Civil Veterinary Department Bihar & Orissa reports 1911-21 - 1911-1921
Year: 1911
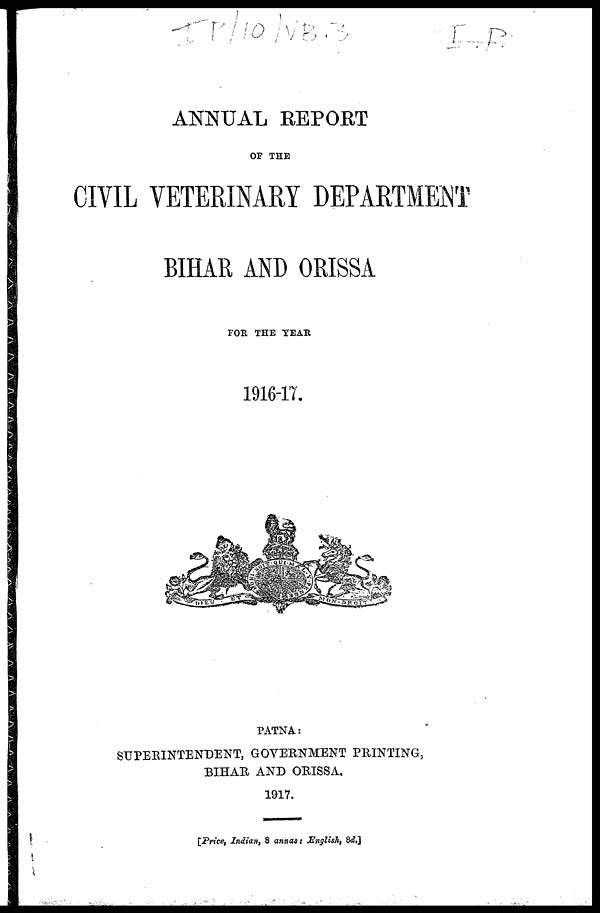
ANNUAL REPORT
OF THE
CIVIL VETERINARY DEPARTMENT
BIHAR AND ORISSA
FOR THE YEAR
1916-17.
PATNA:
SUPERINTENDENT, GOVERNMENT PRINTING,
BIHAR AND ORISSA.
1917.
[Price, Indian, 8 annas: English, 8d.]